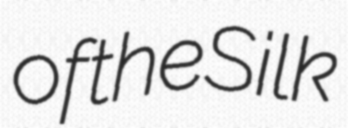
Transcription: of the Silk